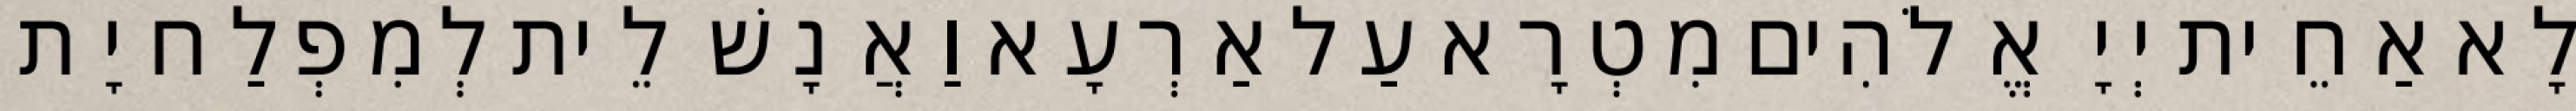
לָא אַחֵית יְיָ אֱלֹהִים מִטְרָא עַל אַרְעָא וַאֲנָשׁ לֵית לְמִפְלַח יָת